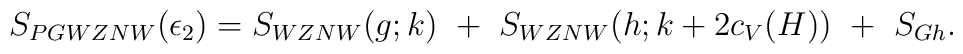
S_{PGWZNW}(\epsilon_2)=S_{WZNW}(g;k)~+~S_{WZNW}(h;k+2c_V(H))~+~S_{Gh}.